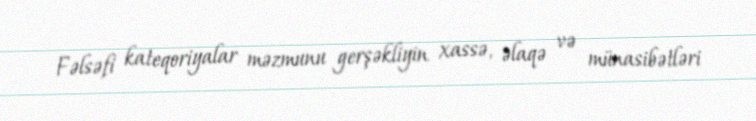
Fəlsəfi kateqoriyalar məzmunu gerşəkliyin xassə, əlaqə və münasibətləri